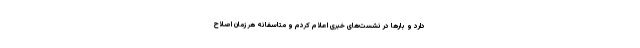
دارد و بارها در نشست‌های خبری اعلام کردم و متاسفانه هر زمان اصلاح